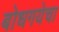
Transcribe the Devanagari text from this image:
बोधगयेचा